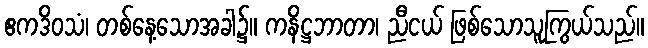
ဧကဒိဝသံ၊ တစ်နေ့သောအခါ၌။ ကနိဋ္ဌဘာတာ၊ ညီငယ် ဖြစ်သောသူကြွယ်သည်။